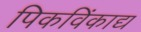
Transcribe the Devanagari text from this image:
पिकविंकाद्य